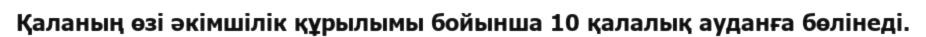
Қаланың өзі әкімшілік құрылымы бойынша 10 қалалық ауданға бөлінеді.